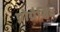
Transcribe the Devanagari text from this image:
प्रोग्रैसिव